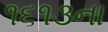
૧૬૧૩ના